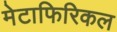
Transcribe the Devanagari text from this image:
मेटाफिरिकल